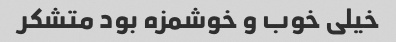
خیلی خوب و خوشمزه بود متشکر